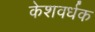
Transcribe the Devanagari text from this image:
केशवर्धक